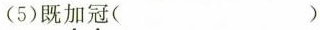
(5)既\underset{·}{加}\underset{·}{冠}( )